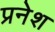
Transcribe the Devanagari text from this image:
प्रनेश